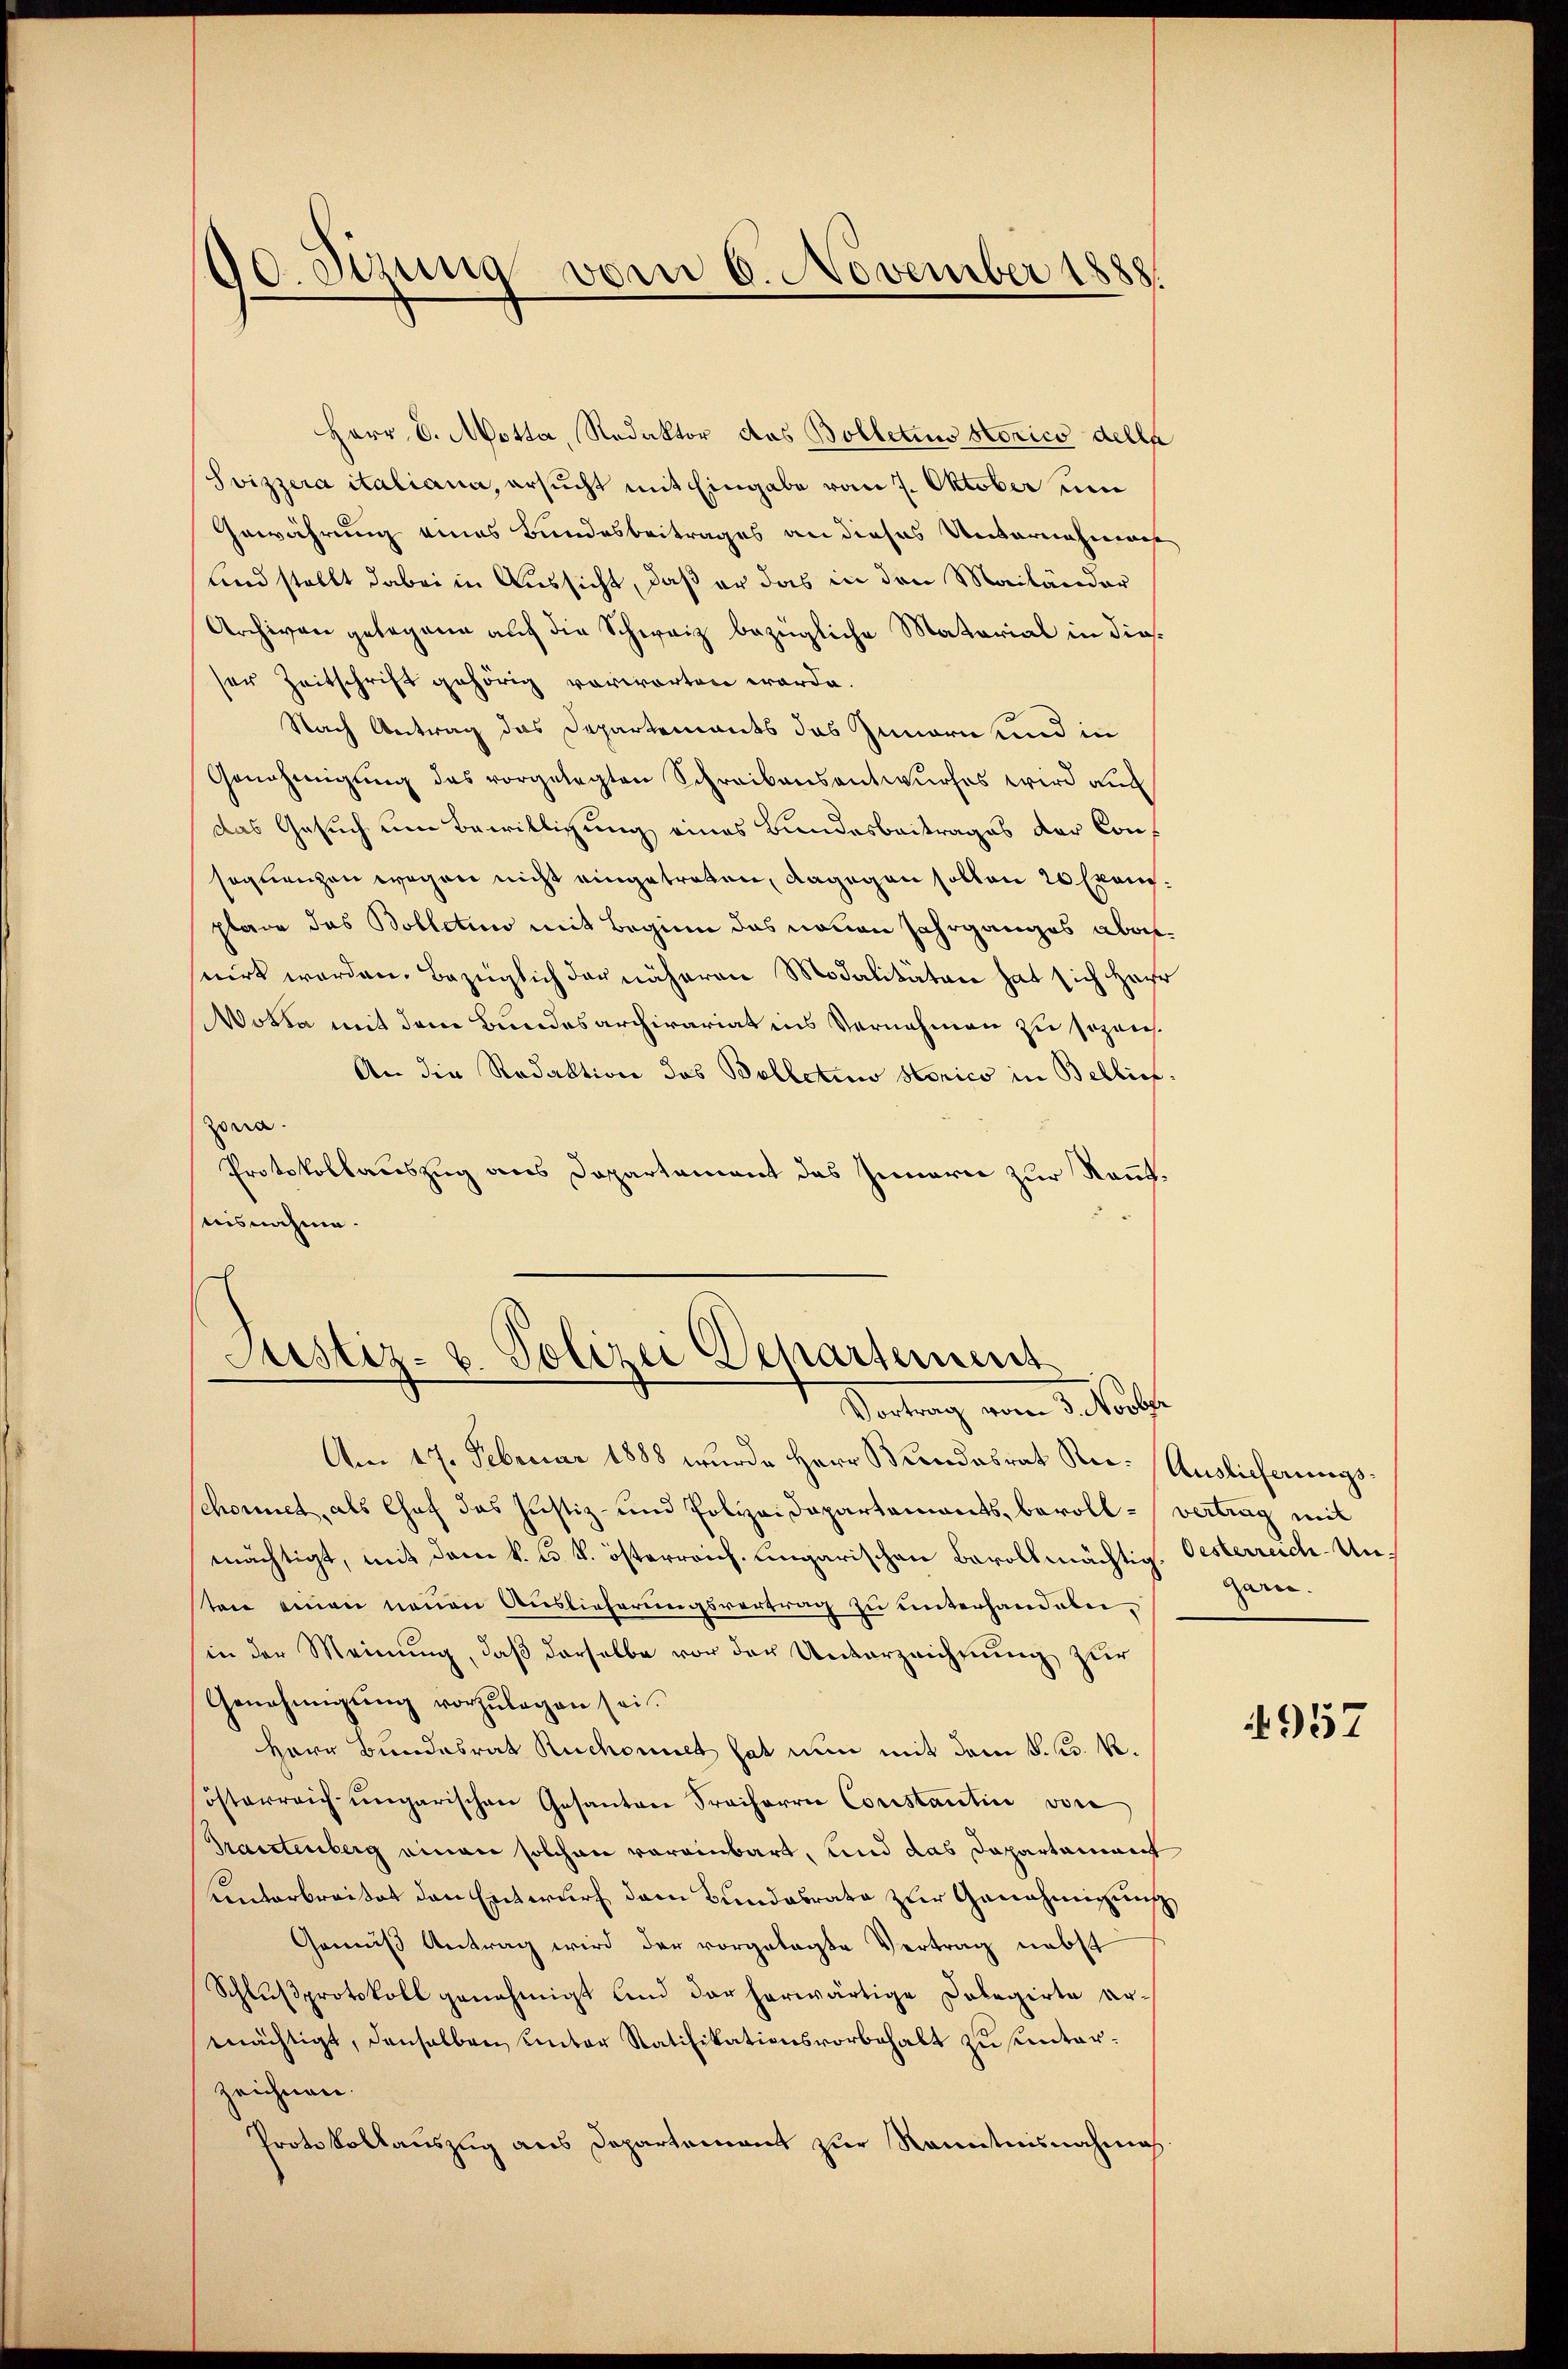
do. Sizung vom 6. November 1888.

Herr C. Motta, Redaktor das Bolletins Norico delle
Svizzera italiana, ersucht mit Eingabe vom 7. Oktober um
Gewährung eines Bundesbeitrages an dieses Uebernahmung
und stellt dabei in Aussicht, daß er das in den Mailänder
Archiven gelegene auf die Schweiz bezügliche Material in diesser Zeitschrift gehörig vorworten werde.
Nach Antrag das Departements das Innern und in
Genehmigŭng des vorgelegten Schreibensentwurfes wird auch
Das Gesuch um Bewilligung eines Bundesbeitrages der Consoglenzen wegen nicht eingetreten, dagegen sollen 20 Exemplare das Bolletin mit Beginn das neuen Jahrganges aberuirt werden. Bezüglich der näheren Modalitäten hat sich Har
Wotta mit dem Bundesarchivariat ins Vernehmen zu sezeich¬
An die Redaktion des Bolletin Horico in Bellief.
Zona.
Protokollauszug aus Departement das Innern zur Kenntuisnahme.
s

Justiz- u. Polizei Departement
Vortrag vom 1. Juli

Am 17. Februar 1888 wurde Herr Bundesrat Rei- Auslieferungs¬
Schonnet, als Chef das Justiz- und Polizeidepartements, bevoll- vertrag mit
mächtigt, mit dem k. k. k. österreich ungarischen Bevollmächtig. Oesterreich-Unten einen neuen Auslieferungsvertrag zu unterhandebei,
(in der Meinung, daß derselbe vor der Unterzeichnung zur
Genehmigŭng vorzŭlegen sei.
Herr Bundesrat Ruchonnet hat nun mit dem K. K. R.
österreich ŭngarischen Gesanten Freiherrn Constantin von
Prantenberg einen solchen verainbart, und das Dapartament
uinterbreitet den Entwurf dem Bundesrate zur Genehmigung
Gemäß Antrag wird der vorgelegte Vertrag nebst
Schlußprotokoll genehmigt und der herwärtige Dolegirte ermächtigt, denselben unter Ratifikationsvorbehalt zu sunterzeichnen.
Protokollauszug aus Departement zur Kenntnisnahme

Garc.

957